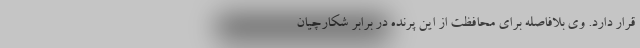
قرار دارد. وی بلافاصله برای محافظت از این پرنده در برابر شکارچیان